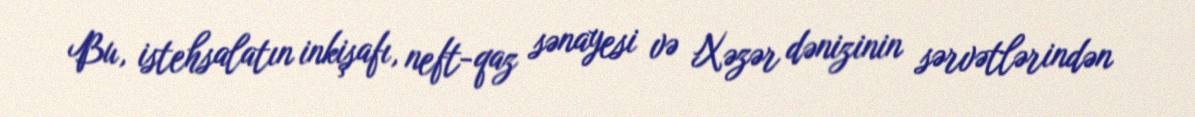
Bu, istehsalatın inkişafı, neft-qaz sənayesi və Xəzər dənizinin sərvətlərindən